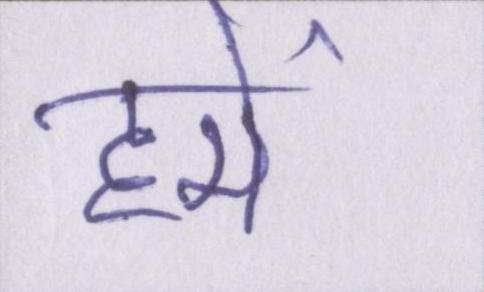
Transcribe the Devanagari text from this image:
हमें